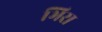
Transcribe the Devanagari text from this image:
भिरा